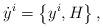
LaTeX: \begin{align*}\dot{y}^i=\left\{ y^i,H \right\} ,\end{align*}